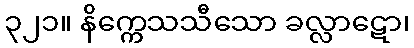
၃၂၁။ နိက္ကေသသီသော ခလ္လာဋော၊